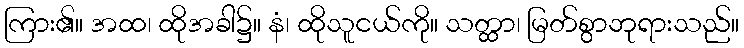
ကြား၏။ အထ၊ ထိုအခါ၌။ နံ၊ ထိုသူငယ်ကို။ သတ္ထာ၊ မြတ်စွာဘုရားသည်။